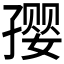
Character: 𪧀